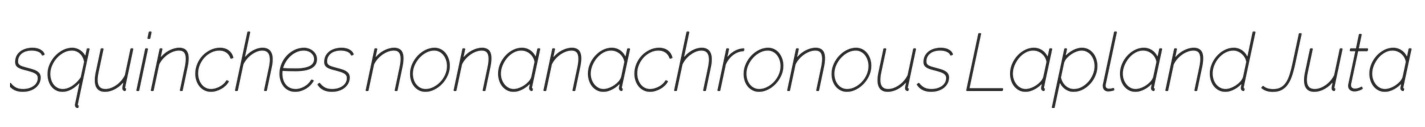
squinches nonanachronous Lapland Juta